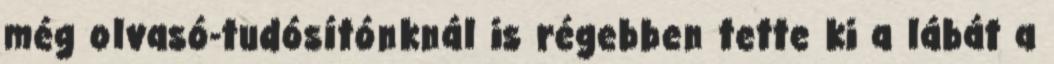
még olvasó-tudósítónknál is régebben tette ki a lábát a